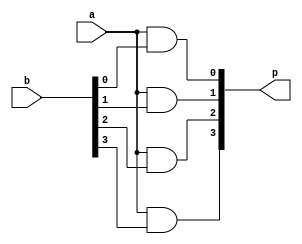
`timescale 1ns / 1ps
//////////////////////////////////////////////////////////////////////////////////
// Company: 
// Engineer: 
// 
// Design Name: 
// Module Name: 1Bit_multiplier
// Project Name: 
// Target Devices: 
// Tool Versions: 
// Description: 
// 
// Dependencies: 
// 
// Revision:
// Revision 0.01 - File Created
// Additional Comments:
// 
//////////////////////////////////////////////////////////////////////////////////


module Bit_multiplier(
    input a,
    input [3:0] b,
    output [3:0] p
    );
    assign p[0]=a& b[0];
    assign p[1]=a& b[1];
    assign p[2]=a& b[2];
    assign p[3]=a& b[3];
    
endmodule